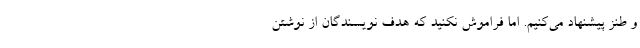
و طنز پیشنهاد می‌کنیم. اما فراموش نکنید که هدف نویسندگان از نوشتن